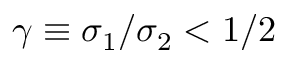
\gamma \equiv \sigma _ { 1 } / \sigma _ { 2 } < 1 / 2